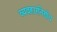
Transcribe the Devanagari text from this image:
व्यवहारनिर्णय